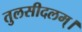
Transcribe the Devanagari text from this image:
तुलसीदलम्।